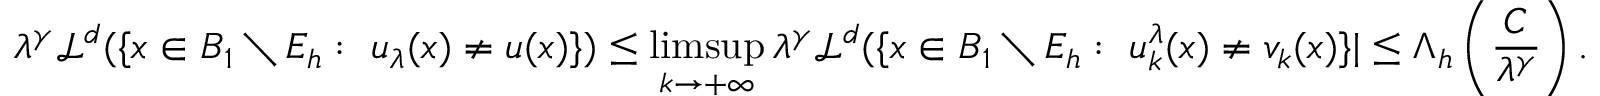
\lambda ^ { \gamma } \mathcal { L } ^ { d } ( \{ x \in B _ { 1 } \setminus E _ { h } : \ u _ { \lambda } ( x ) \neq u ( x ) \} ) \leq \operatorname* { l i m s u p } _ { k \to + \infty } \lambda ^ { \gamma } \mathcal { L } ^ { d } ( \{ x \in B _ { 1 } \setminus E _ { h } : \ u _ { k } ^ { \lambda } ( x ) \neq v _ { k } ( x ) \} | \leq \Lambda _ { h } \left( \frac { C } { \lambda ^ { \gamma } } \right) .